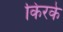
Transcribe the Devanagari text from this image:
किरके